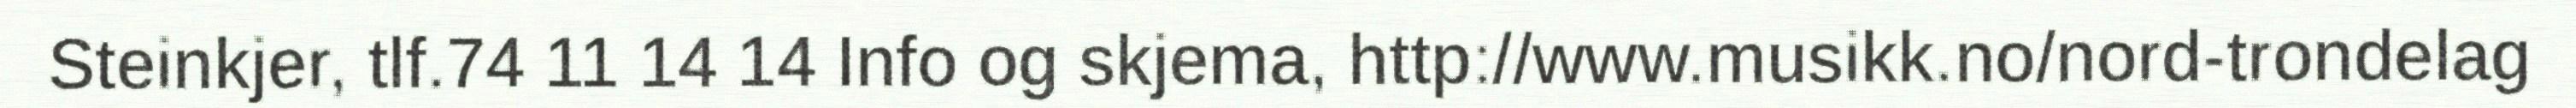
Steinkjer, tlf.74 11 14 14 Info og skjema, http://www.musikk.no/nord-trondelag